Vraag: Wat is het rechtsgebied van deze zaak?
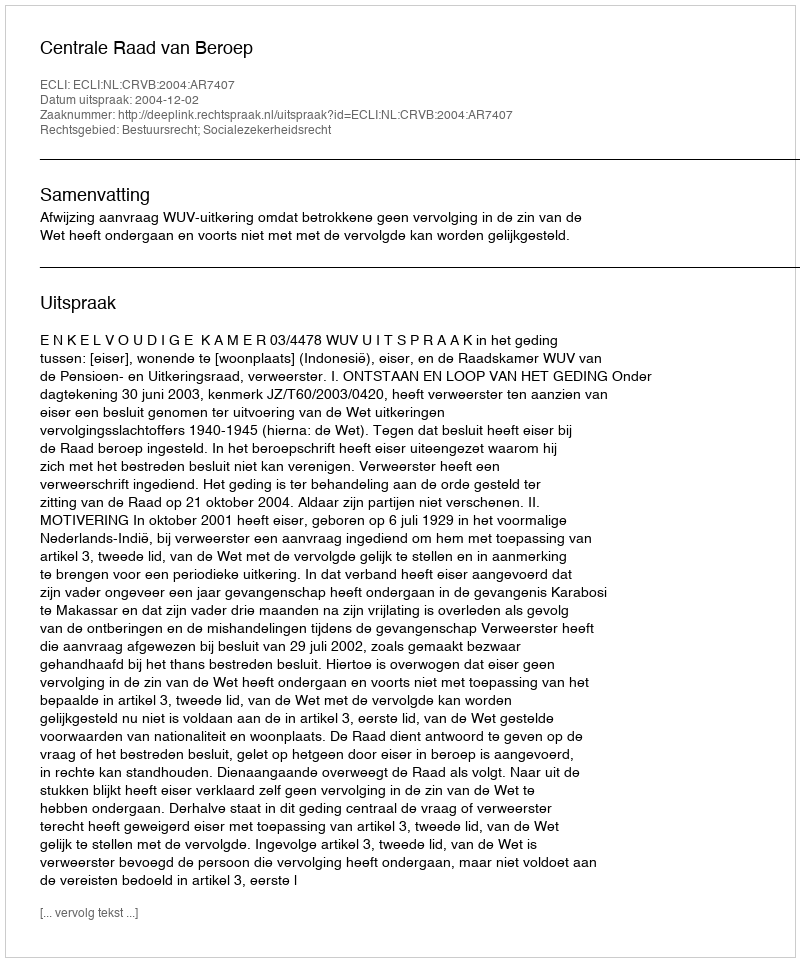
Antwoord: Bestuursrecht; Socialezekerheidsrecht